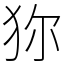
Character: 狝